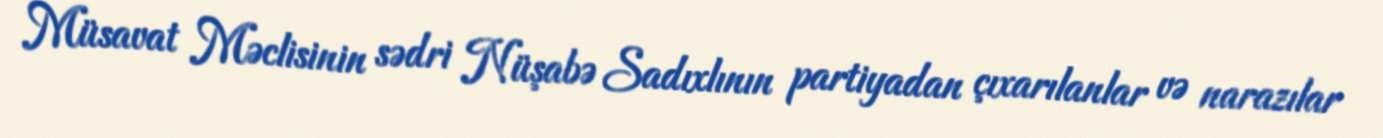
Müsavat Məclisinin sədri Nüşabə Sadıxlının partiyadan çıxarılanlar və narazılar